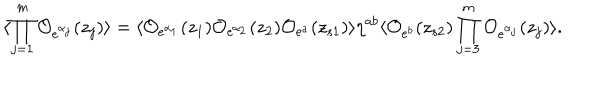
\langle \prod _ { j = 1 } ^ { m } { \cal O } _ { e ^ { \alpha _ { j } } } ( z _ { j } ) \rangle = \langle { \cal O } _ { e ^ { \alpha _ { 1 } } } ( z _ { 1 } ) { \cal O } _ { e ^ { \alpha _ { 2 } } } ( z _ { 2 } ) { \cal O } _ { e ^ { a } } ( z _ { s 1 } ) \rangle \eta ^ { a b } \langle { \cal O } _ { e ^ { b } } ( z _ { s 2 } ) \prod _ { j = 3 } ^ { m } { \cal O } _ { e ^ { \alpha _ { j } } } ( z _ { j } ) \rangle .